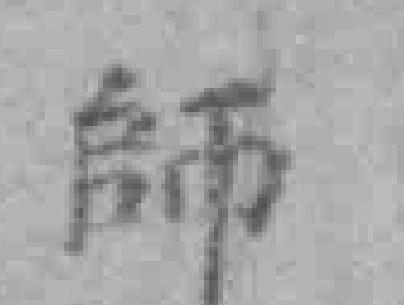
師